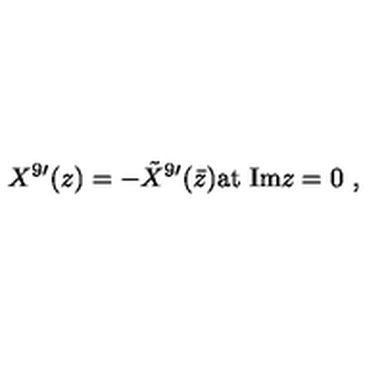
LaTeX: X ^ { 9 \prime } ( z ) = - { \tilde { X } } ^ { 9 \prime } ( \bar { z } ) \mathrm { a t \ I m } z = 0 \ ,